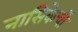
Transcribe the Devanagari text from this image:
नासिकेचीं